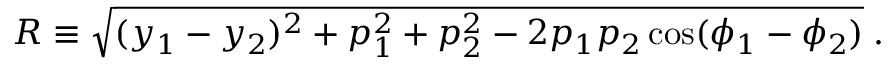
R \equiv \sqrt { ( y _ { 1 } - y _ { 2 } ) ^ { 2 } + p _ { 1 } ^ { 2 } + p _ { 2 } ^ { 2 } - 2 p _ { 1 } p _ { 2 } \cos ( \phi _ { 1 } - \phi _ { 2 } ) } \; .